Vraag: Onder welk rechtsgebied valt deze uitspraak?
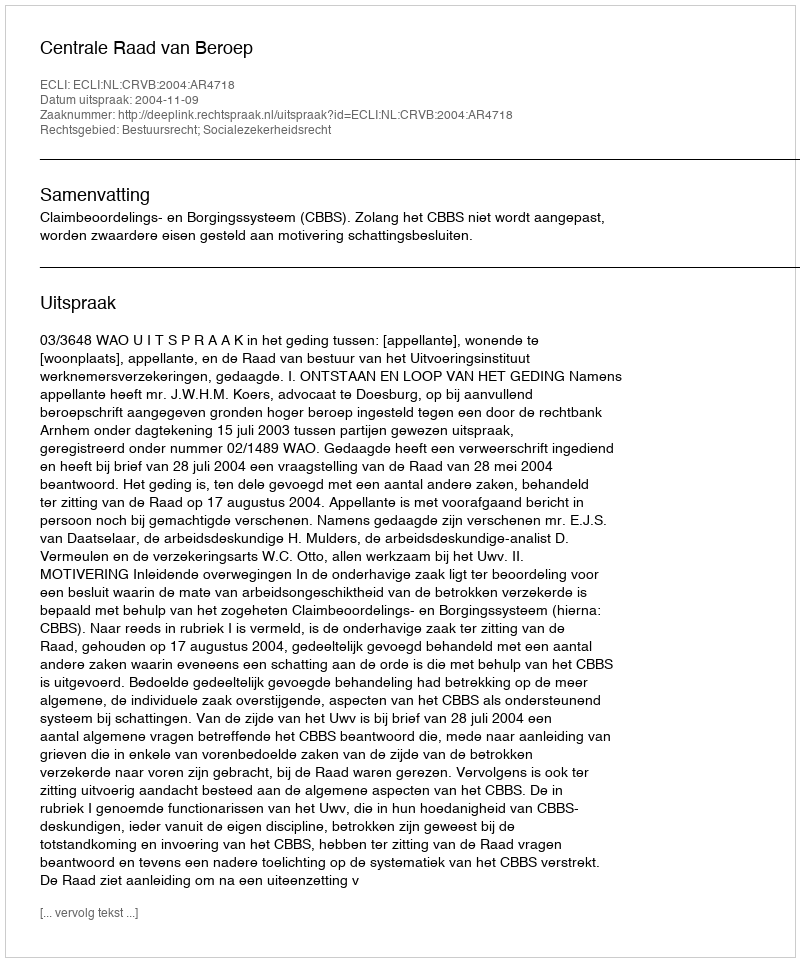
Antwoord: Bestuursrecht; Socialezekerheidsrecht